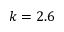
k = 2 . 6